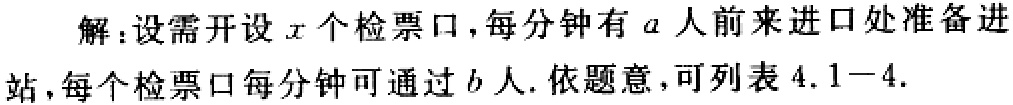
解：设需开设\(x\)个检票口，每分钟有\(a\)人前来进口处准备进站，每个检票口每分钟可通过\(b\)人. 依题意，可列表\(4.1 - 4\).